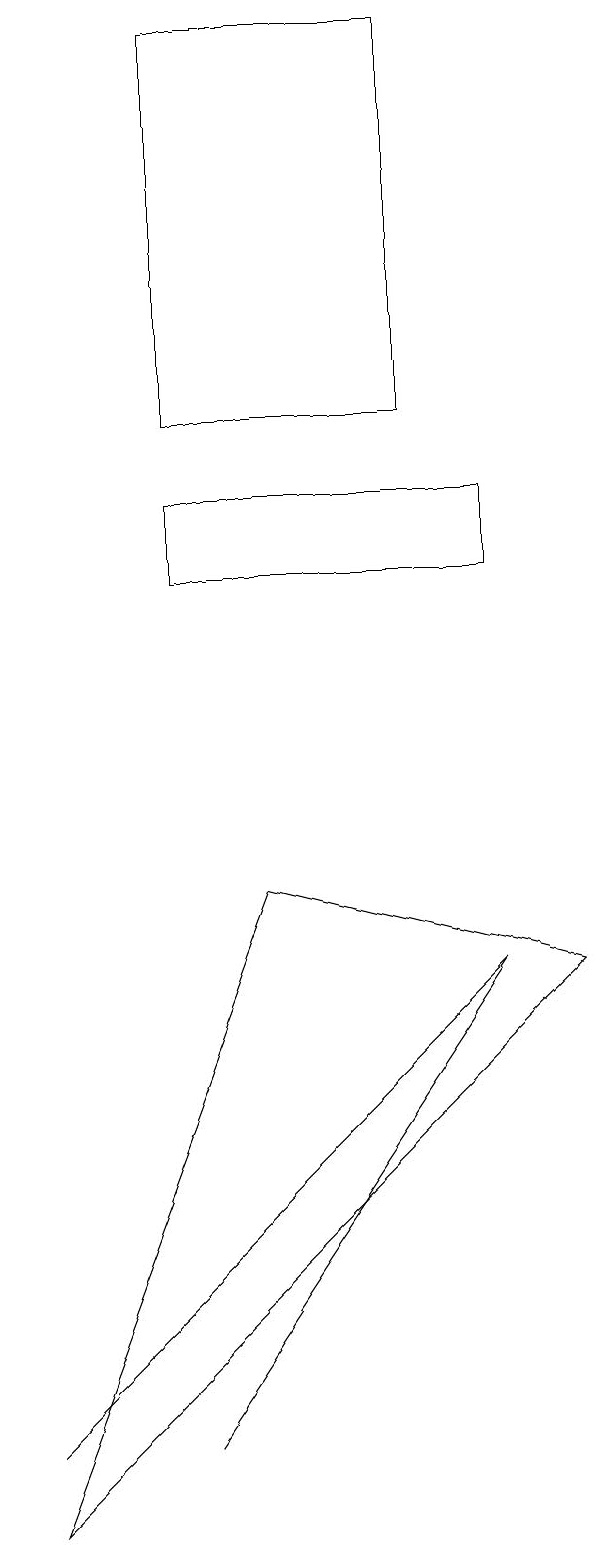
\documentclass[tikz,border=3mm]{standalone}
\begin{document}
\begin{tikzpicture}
\draw (6,7) -- (6,7) -- (2,1) -- cycle;
\draw (3,8) -- (7,7) -- (0,0) -- cycle;
\draw (2,14) rectangle (5,19);
\draw (0,1) -- (6,7) -- (2,3) -- cycle;
\draw (6,12) rectangle (2,13);
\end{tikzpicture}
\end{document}